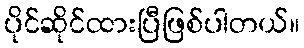
ပိုင်ဆိုင်ထားပြီဖြစ်ပါတယ်။